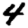
Digit: 4